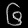
Digit: ၆